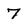
Character: 7